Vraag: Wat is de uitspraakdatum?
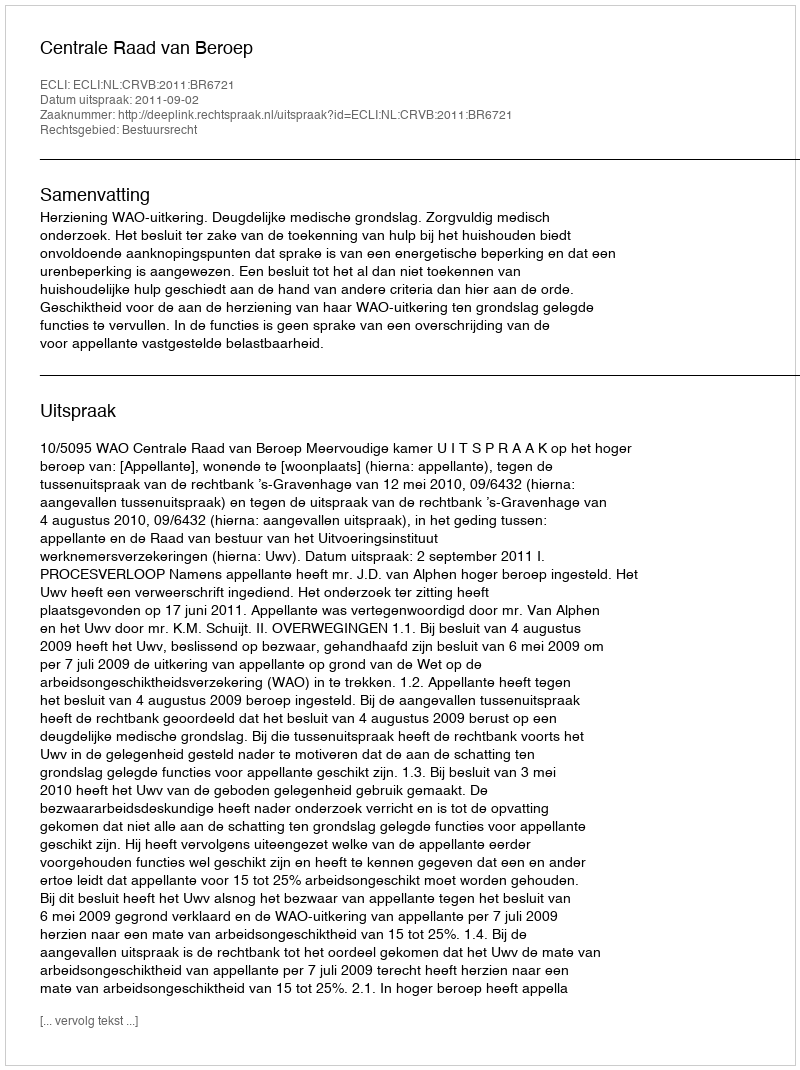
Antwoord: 2011-09-02